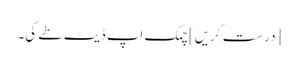
[درست کریں] چمک اپ ڈیٹ طے کی۔